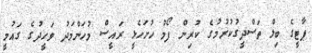
ޕާޓީގެ ބިލް ތަސްދީގުކުރުމުގެ ކުރިން ފޯމު ހުށަހެޅީ ރައީސް މުހަންމަދު ވަހީދުގެ ގައުމީ